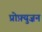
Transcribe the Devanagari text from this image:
प्रोफ़्युज़न